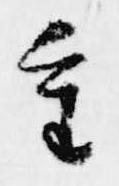
重